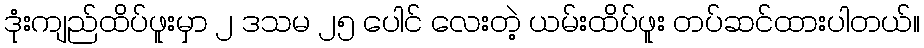
ဒုံးကျည်ထိပ်ဖူးမှာ ၂ ဒသမ ၂၅ ပေါင် လေးတဲ့ ယမ်းထိပ်ဖူး တပ်ဆင်ထားပါတယ်။